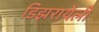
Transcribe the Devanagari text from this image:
डिझरायेली